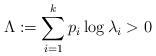
LaTeX: \begin{align*}\Lambda :=\sum_{i=1}^{k} p_i\log \lambda_i > 0\end{align*}